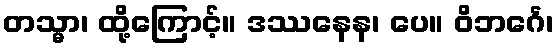
တသ္မာ၊ ထို့ကြောင့်။ ဒဿနေန၊ ပေ။ ဝိဘင်္ဂေ၊